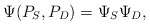
\begin{align*}\Psi(P_{S}, P_{D}) = \Psi_S \Psi_D,\end{align*}